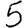
Digit: 5